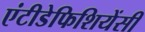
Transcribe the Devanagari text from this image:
एंटीडेफिशियेंसी